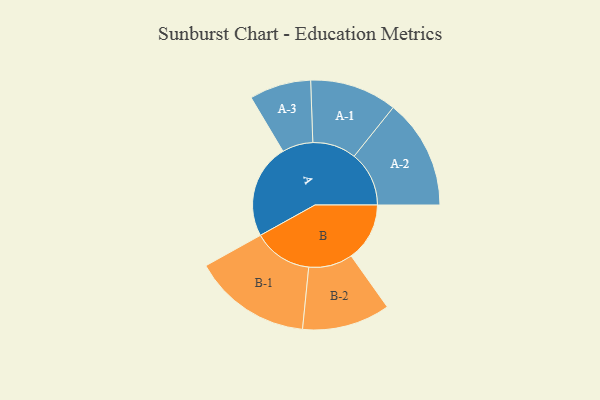
{"axis": {"x": "Segment", "y": "Value"}, "legend": ["", "A", "B"], "data": [{"x": "A", "y": 451, "type": ""}, {"x": "B", "y": 279, "type": ""}, {"x": "A-1", "y": 208, "type": "A"}, {"x": "A-2", "y": 262, "type": "A"}, {"x": "A-3", "y": 147, "type": "A"}, {"x": "B-1", "y": 282, "type": "B"}, {"x": "B-2", "y": 210, "type": "B"}]}